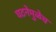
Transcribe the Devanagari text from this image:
घटनेमुळेच